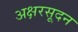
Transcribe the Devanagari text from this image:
अक्षरसूदन